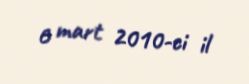
6 mart 2010-ci il